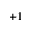
+ 1